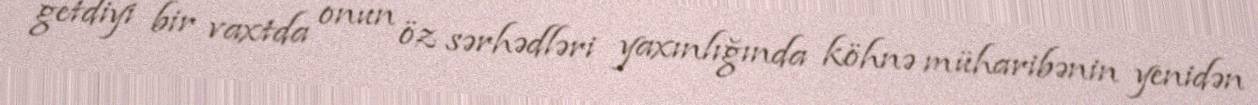
getdiyi bir vaxtda onun öz sərhədləri yaxınlığında köhnə müharibənin yenidən